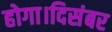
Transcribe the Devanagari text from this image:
होगा।दिसंबर